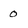
Character: 0